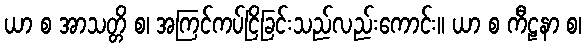
ယာ စ အာသတ္တိ စ၊ အကြင်ကပ်ငြိခြင်းသည်လည်းကောင်း။ ယာ စ ကီဠနာ စ၊